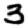
Digit: 3